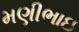
મણીભાઇ